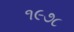
૧૯૭૮